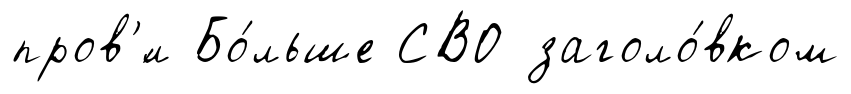
пров'́л Бо́льше СВО заголо́вком